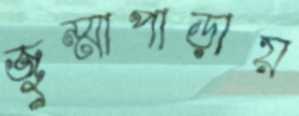
জুম্মাপাড়ায়